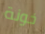
خونة